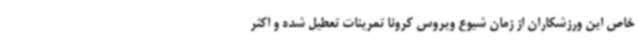
خاص این ورزشکاران از زمان شیوع ویروس کرونا تمرینات تعطیل شده و اکثر